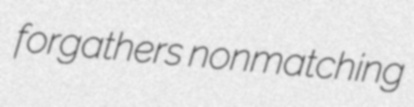
forgathers nonmatching